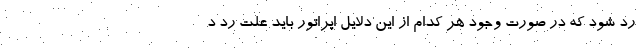
رد شود که در صورت وجود هر کدام از این دلایل اپراتور باید علت رد د